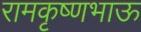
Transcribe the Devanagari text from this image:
रामकृष्णभाऊ